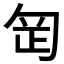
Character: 𭅊